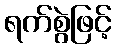
ရက်စွဲဖြင့်